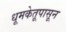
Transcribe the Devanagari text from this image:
धूमकेतूपासून